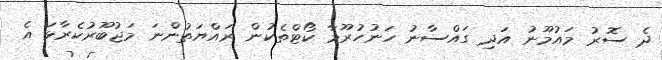
ދެ ސޮރު މައުމޫނު އަދި ގައްސާނު ހަނުހުރޫމާ ކޯޓްތެކުން ރައްޔަތުންނަ މަޖުބޫރުކެރާޅަ އެ